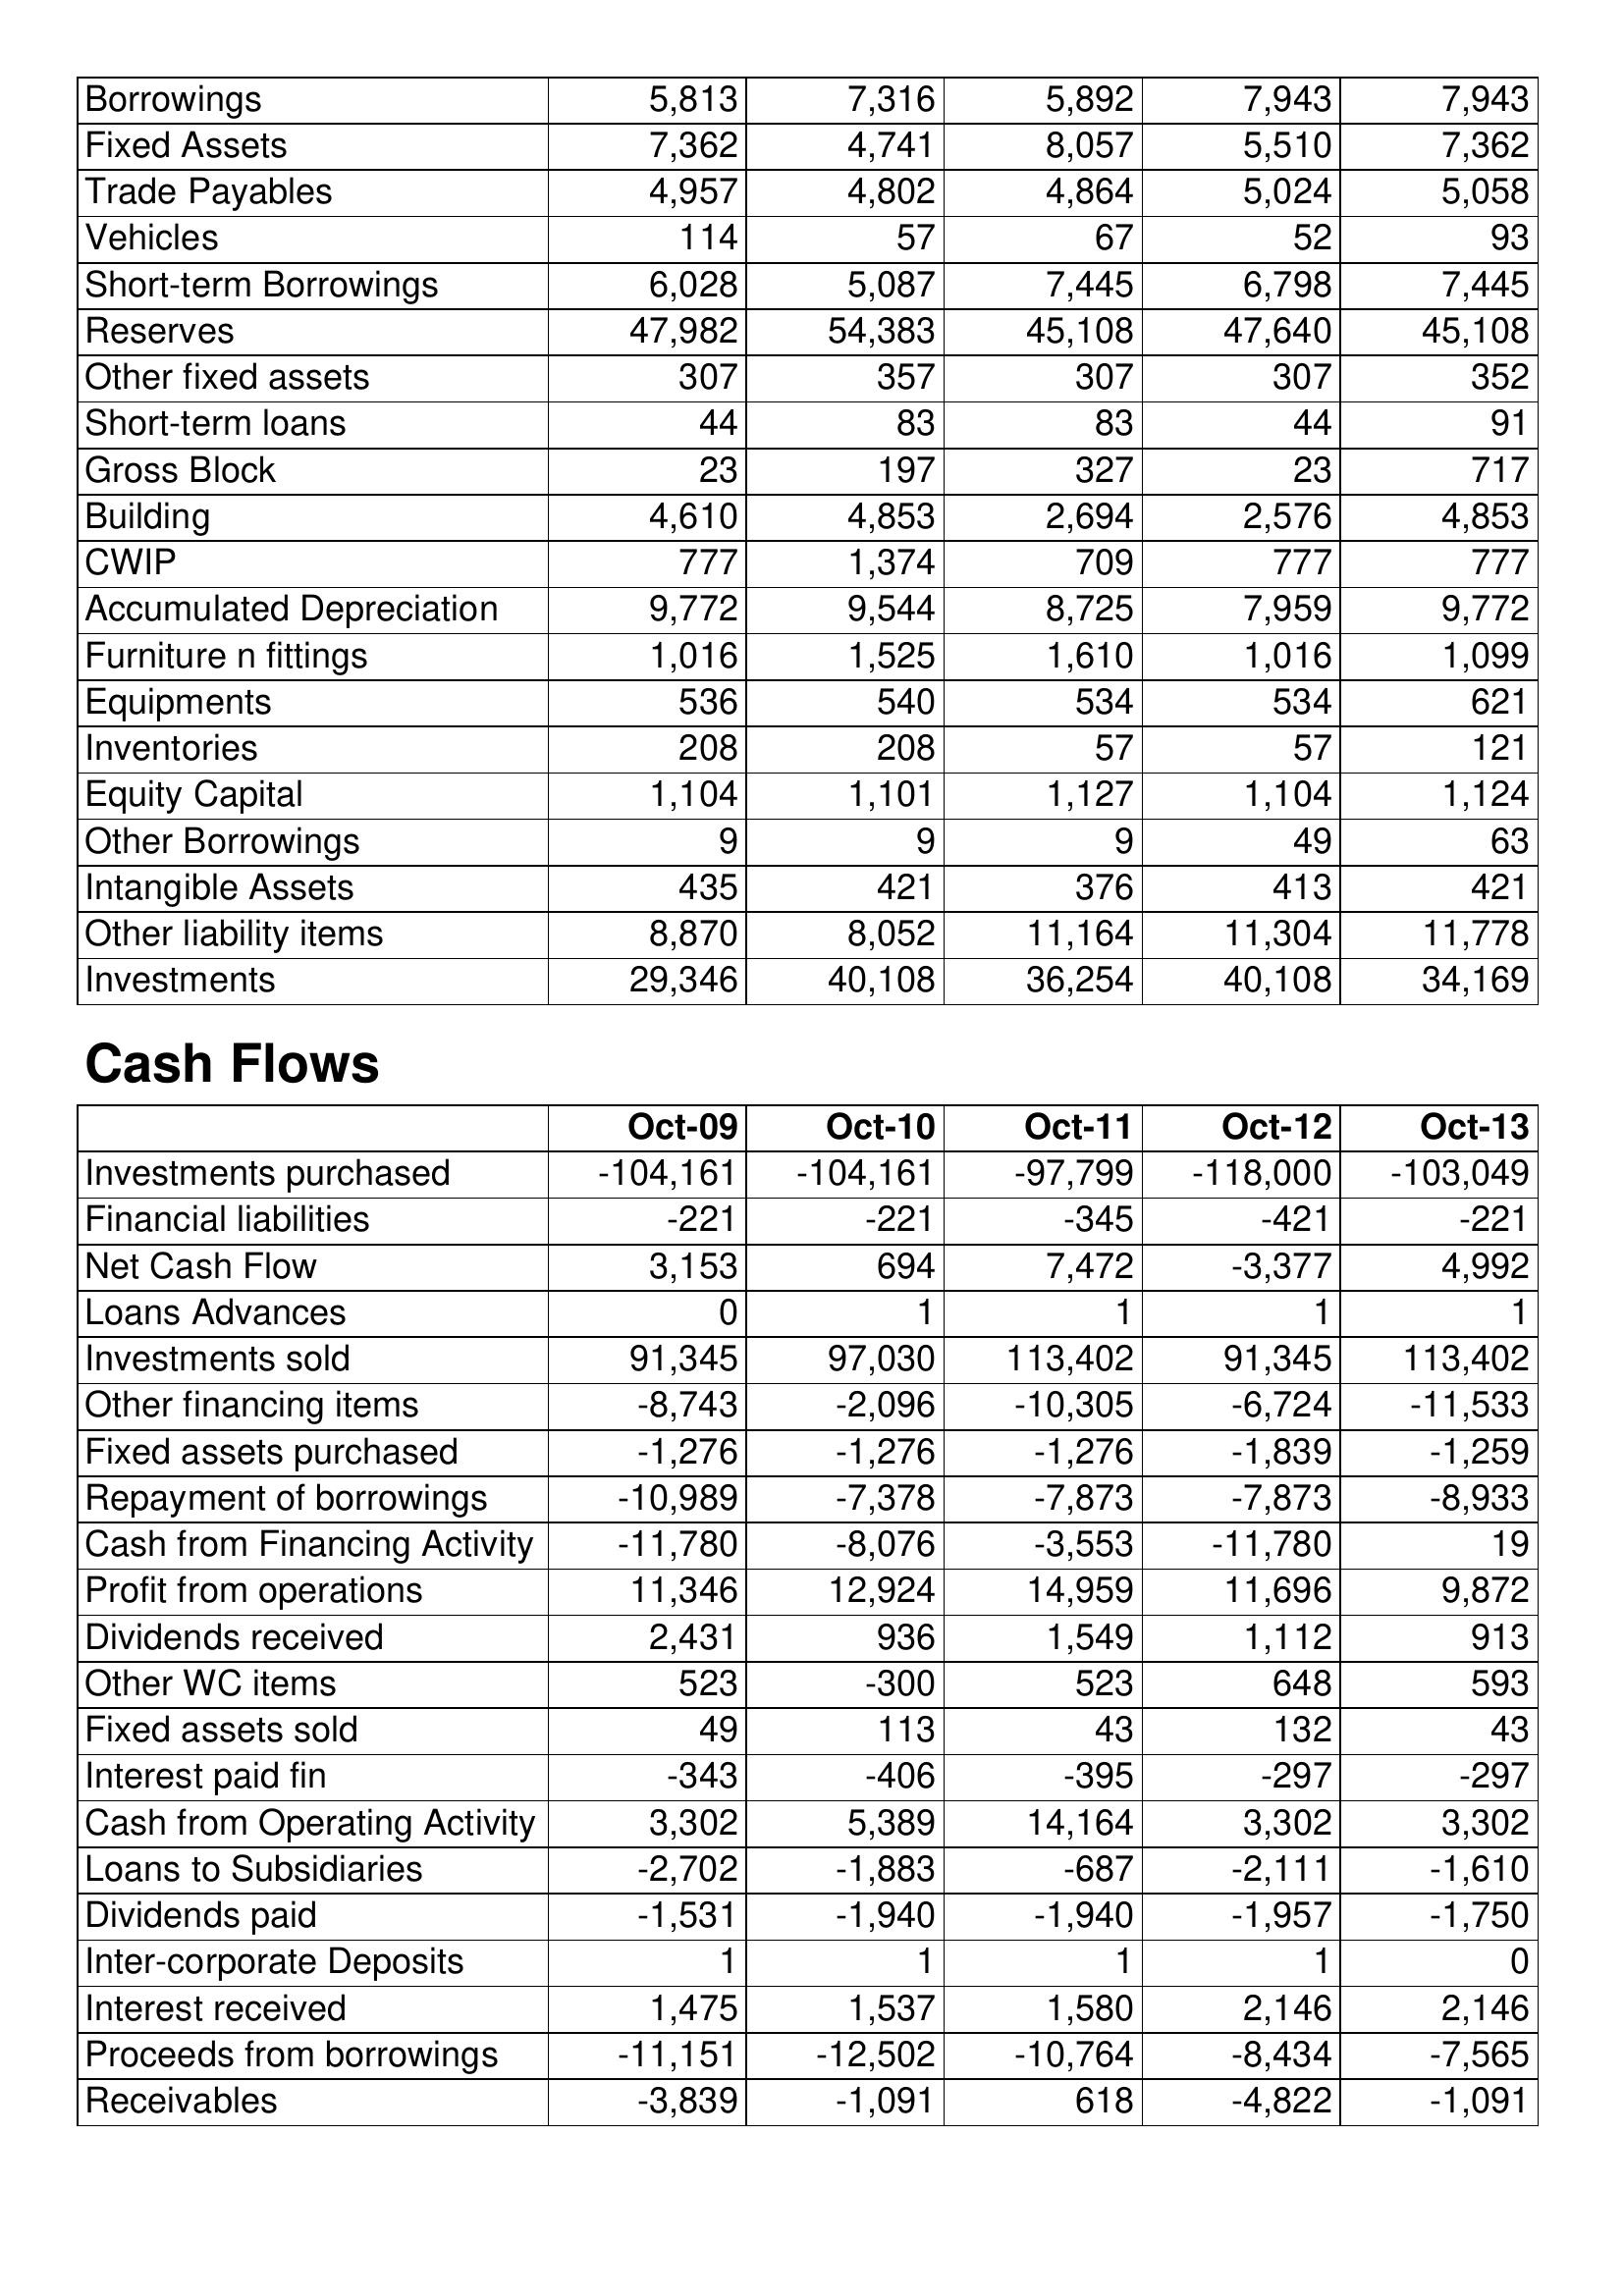
Oct-09: Balance Sheet: Borrowings: 5,813
Fixed Assets: 7,362
Trade Payables: 4,957
Vehicles: 114
Short-term Borrowings: 6,028
Reserves: 47,982
Other fixed assets: 307
Short-term loans: 44
Gross Block: 23
Building: 4,610
CWIP: 777
Accumulated Depreciation: 9,772
Furniture n fittings: 1,016
Equipments: 536
Inventories: 208
Equity Capital: 1,104
Other Borrowings: 9
Intangible Assets: 435
Other liability items: 8,870
Investments: 29,346
Cash Flows: Investments purchased: -104,161
Financial liabilities: -221
Net Cash Flow: 3,153
Loans Advances: 0
Investments sold: 91,345
Other financing items: -8,743
Fixed assets purchased: -1,276
Repayment of borrowings: -10,989
Cash from Financing Activity: -11,780
Profit from operations: 11,346
Dividends received: 2,431
Other WC items: 523
Fixed assets sold: 49
Interest paid fin: -343
Cash from Operating Activity: 3,302
Loans to Subsidiaries: -2,702
Dividends paid: -1,531
Inter-corporate Deposits: 1
Interest received: 1,475
Proceeds from borrowings: -11,151
Receivables: -3,839
Oct-10: Balance Sheet: Borrowings: 7,316
Fixed Assets: 4,741
Trade Payables: 4,802
Vehicles: 57
Short-term Borrowings: 5,087
Reserves: 54,383
Other fixed assets: 357
Short-term loans: 83
Gross Block: 197
Building: 4,853
CWIP: 1,374
Accumulated Depreciation: 9,544
Furniture n fittings: 1,525
Equipments: 540
Inventories: 208
Equity Capital: 1,101
Other Borrowings: 9
Intangible Assets: 421
Other liability items: 8,052
Investments: 40,108
Cash Flows: Investments purchased: -104,161
Financial liabilities: -221
Net Cash Flow: 694
Loans Advances: 1
Investments sold: 97,030
Other financing items: -2,096
Fixed assets purchased: -1,276
Repayment of borrowings: -7,378
Cash from Financing Activity: -8,076
Profit from operations: 12,924
Dividends received: 936
Other WC items: -300
Fixed assets sold: 113
Interest paid fin: -406
Cash from Operating Activity: 5,389
Loans to Subsidiaries: -1,883
Dividends paid: -1,940
Inter-corporate Deposits: 1
Interest received: 1,537
Proceeds from borrowings: -12,502
Receivables: -1,091
Oct-11: Balance Sheet: Borrowings: 5,892
Fixed Assets: 8,057
Trade Payables: 4,864
Vehicles: 67
Short-term Borrowings: 7,445
Reserves: 45,108
Other fixed assets: 307
Short-term loans: 83
Gross Block: 327
Building: 2,694
CWIP: 709
Accumulated Depreciation: 8,725
Furniture n fittings: 1,610
Equipments: 534
Inventories: 57
Equity Capital: 1,127
Other Borrowings: 9
Intangible Assets: 376
Other liability items: 11,164
Investments: 36,254
Cash Flows: Investments purchased: -97,799
Financial liabilities: -345
Net Cash Flow: 7,472
Loans Advances: 1
Investments sold: 113,402
Other financing items: -10,305
Fixed assets purchased: -1,276
Repayment of borrowings: -7,873
Cash from Financing Activity: -3,553
Profit from operations: 14,959
Dividends received: 1,549
Other WC items: 523
Fixed assets sold: 43
Interest paid fin: -395
Cash from Operating Activity: 14,164
Loans to Subsidiaries: -687
Dividends paid: -1,940
Inter-corporate Deposits: 1
Interest received: 1,580
Proceeds from borrowings: -10,764
Receivables: 618
Oct-12: Balance Sheet: Borrowings: 7,943
Fixed Assets: 5,510
Trade Payables: 5,024
Vehicles: 52
Short-term Borrowings: 6,798
Reserves: 47,640
Other fixed assets: 307
Short-term loans: 44
Gross Block: 23
Building: 2,576
CWIP: 777
Accumulated Depreciation: 7,959
Furniture n fittings: 1,016
Equipments: 534
Inventories: 57
Equity Capital: 1,104
Other Borrowings: 49
Intangible Assets: 413
Other liability items: 11,304
Investments: 40,108
Cash Flows: Investments purchased: -118,000
Financial liabilities: -421
Net Cash Flow: -3,377
Loans Advances: 1
Investments sold: 91,345
Other financing items: -6,724
Fixed assets purchased: -1,839
Repayment of borrowings: -7,873
Cash from Financing Activity: -11,780
Profit from operations: 11,696
Dividends received: 1,112
Other WC items: 648
Fixed assets sold: 132
Interest paid fin: -297
Cash from Operating Activity: 3,302
Loans to Subsidiaries: -2,111
Dividends paid: -1,957
Inter-corporate Deposits: 1
Interest received: 2,146
Proceeds from borrowings: -8,434
Receivables: -4,822
Oct-13: Balance Sheet: Borrowings: 7,943
Fixed Assets: 7,362
Trade Payables: 5,058
Vehicles: 93
Short-term Borrowings: 7,445
Reserves: 45,108
Other fixed assets: 352
Short-term loans: 91
Gross Block: 717
Building: 4,853
CWIP: 777
Accumulated Depreciation: 9,772
Furniture n fittings: 1,099
Equipments: 621
Inventories: 121
Equity Capital: 1,124
Other Borrowings: 63
Intangible Assets: 421
Other liability items: 11,778
Investments: 34,169
Cash Flows: Investments purchased: -103,049
Financial liabilities: -221
Net Cash Flow: 4,992
Loans Advances: 1
Investments sold: 113,402
Other financing items: -11,533
Fixed assets purchased: -1,259
Repayment of borrowings: -8,933
Cash from Financing Activity: 19
Profit from operations: 9,872
Dividends received: 913
Other WC items: 593
Fixed assets sold: 43
Interest paid fin: -297
Cash from Operating Activity: 3,302
Loans to Subsidiaries: -1,610
Dividends paid: -1,750
Inter-corporate Deposits: 0
Interest received: 2,146
Proceeds from borrowings: -7,565
Receivables: -1,091